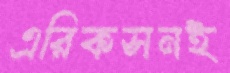
এরিকসনই